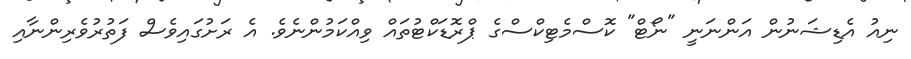
ނިއު އެޑިޝަނުން އަންނަނީ "ނޯޓް" ކޮސްމެޓިކްސްގެ ޕްރޮޑަކްޓުތައް ވިއްކަމުންނެވެ. އެ ރަށުގައިވެސް ފަތުރުވެރިންނާއި